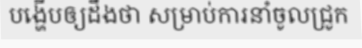
បង្ហើបឲ្យដឹងថា សម្រាប់ការនាំចូលជ្រូក